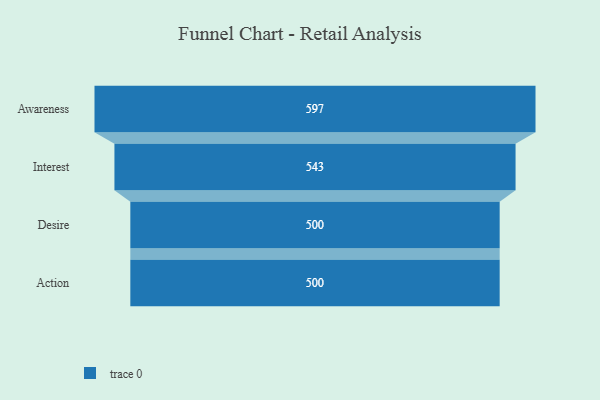
{"axis": {"x": "Stage", "y": "Value"}, "legend": [""], "data": [{"x": "Awareness", "y": 597.0, "type": ""}, {"x": "Interest", "y": 543.0, "type": ""}, {"x": "Desire", "y": 500, "type": ""}, {"x": "Action", "y": 500, "type": ""}]}